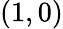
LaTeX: (1,0)